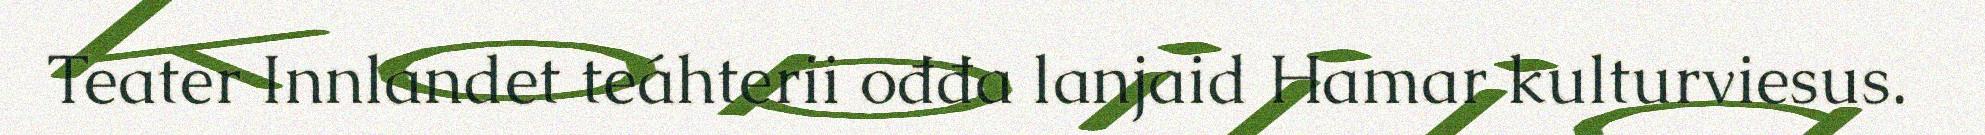
Teater Innlandet teáhterii ođđa lanjaid Hamar kulturviesus.